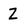
Character: Z